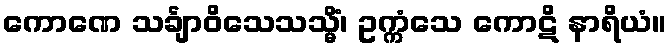
ကောဏေ သင်္ချာဝိသေသသ္မိံ၊ ဥက္ကံသေ ကောဋိ နာရိယံ။